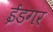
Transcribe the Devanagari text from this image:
ईडगर